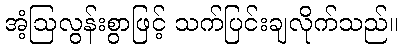
အံ့ဩလွန်းစွာဖြင့် သက်ပြင်းချလိုက်သည်။